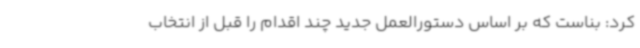
کرد: بناست که بر اساس دستورالعمل جدید چند اقدام را قبل از انتخاب